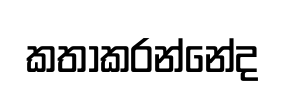
කතාකරන්නේද